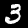
Label: 3